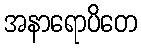
အနာရောပိတေ